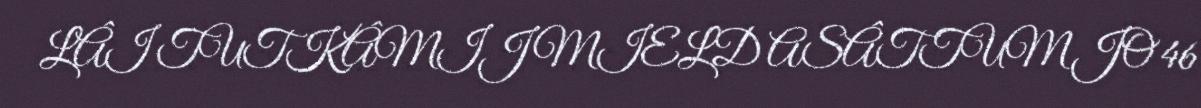
LÂI TUTKÂMIJ MIELD ASÂTTUM JO 46